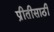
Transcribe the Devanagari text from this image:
प्रीतीसाठी